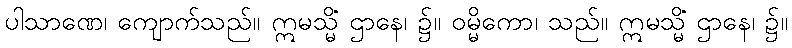
ပါသာဏေ၊ ကျောက်သည်။ ဣမသ္မိံ ဌာနေ၊ ၌။ ဝမ္မိကော၊ သည်။ ဣမသ္မိံ ဌာနေ၊ ၌။